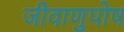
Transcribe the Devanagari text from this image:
जीवाणुपोष